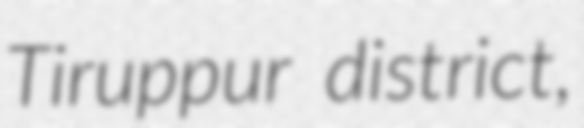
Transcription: Tiruppur district,